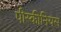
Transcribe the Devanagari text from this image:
पीस्कीनियस